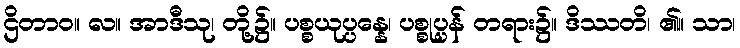
ဌိတာဝ။ လ။ အာဒီသု၊ တို့၌။ ပစ္စယုပ္ပန္နေ၊ ပစ္စုပ္ပန် တရား၌။ ဒိဿတိ၊ ၏။ သာ၊